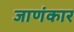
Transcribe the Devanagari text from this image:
जाणंकार